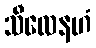
သီလေနဟံ